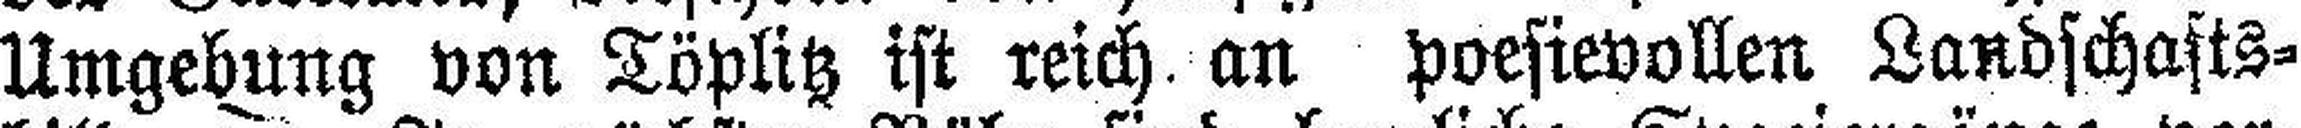
Umgebung von Töplitz ist reich an poesievollen Landschafts¬